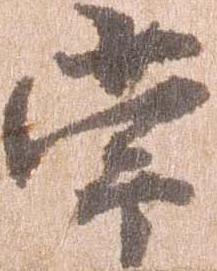
常